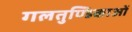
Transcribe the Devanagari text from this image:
गलतुण्डिकाओं